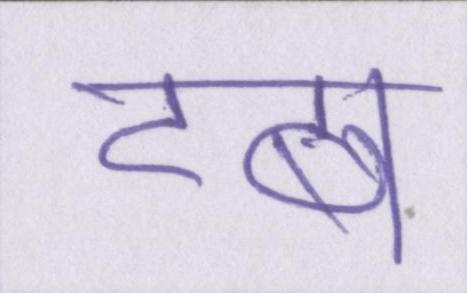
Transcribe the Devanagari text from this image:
टब